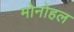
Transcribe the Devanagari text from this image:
मोनोहल